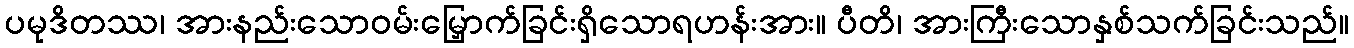
ပမုဒိတဿ၊ အားနည်းသောဝမ်းမြှောက်ခြင်းရှိသောရဟန်းအား။ ပီတိ၊ အားကြီးသောနှစ်သက်ခြင်းသည်။